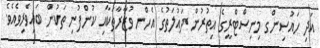
އަދި ހައުސިންގ މިނިސްޓްރީގެ އިތުރުން ދައުލަތުގެ އެހްނ ވުޒާރާތަކާއި ކުންފުނި ތަކުން ބައިވެރިވެއެވެ.